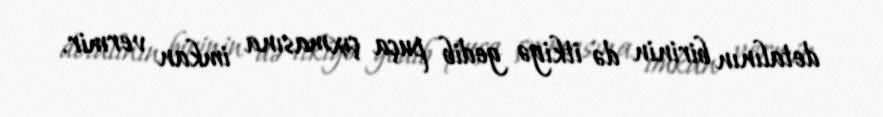
detalının birinin də itkiyə gedib puça çıxmasına imkan vermir.